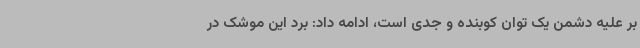
بر علیه دشمن یک توان کوبنده و جدی است، ادامه داد: برد این موشک در